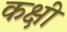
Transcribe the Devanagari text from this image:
कक्षी